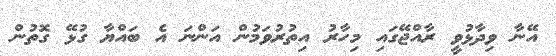
އޭނާ ވިދާޅުވީ ރާއްޖޭގައި މިހާރު އިތުރުވަމުން އަންނަ އެ ބައްޔާ ގުޅޭ ގޮތުން